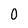
Character: 0